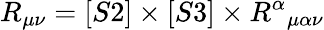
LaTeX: R_{\mu\nu}=[S2]\times[S3]\times{R^{\alpha}}_{\mu\alpha\nu}